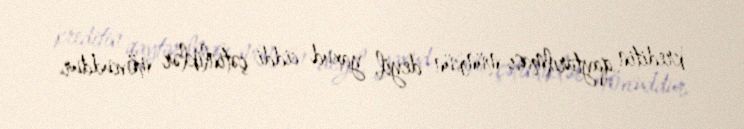
kreditin qaytarılması mümkün deyil, yaxud ciddi çətinliklər mövcuddur.